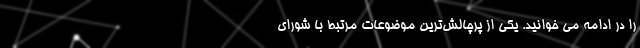
را در ادامه می خوانید. یکی از پرچالش‌ترین موضوعات مرتبط با شورای